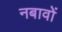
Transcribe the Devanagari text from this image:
नबावों